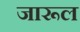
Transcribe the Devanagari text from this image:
जारूल